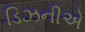
ડિઝનીએ